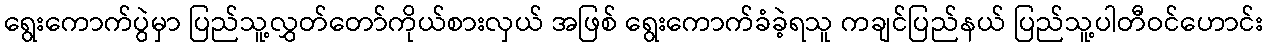
ရွေးကောက်ပွဲမှာ ပြည်သူ့လွှတ်တော်ကိုယ်စားလှယ် အဖြစ် ရွေးကောက်ခံခဲ့ရသူ ကချင်ပြည်နယ် ပြည်သူ့ပါတီဝင်ဟောင်း